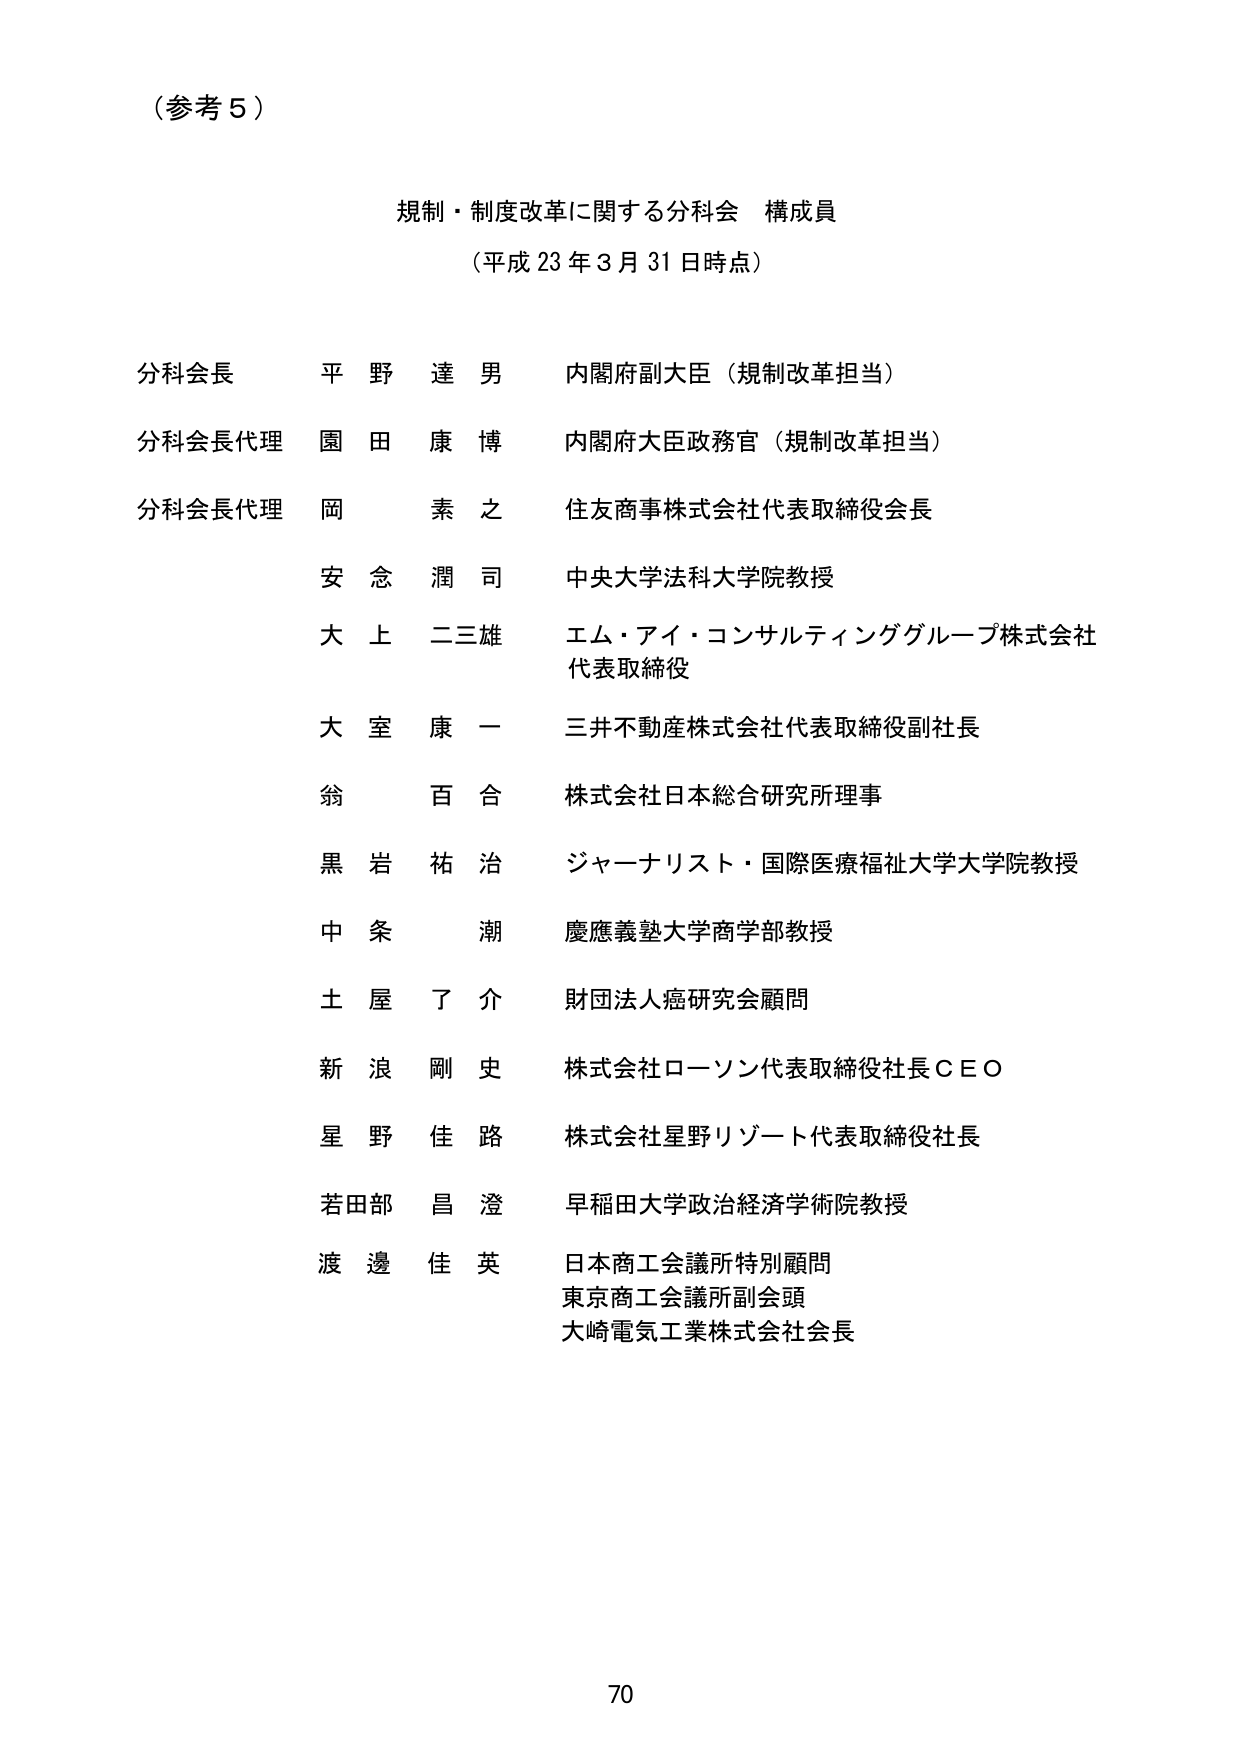
（参考５）

規制・制度改革に関する分科会 構成員
（平成23年3月31日時点）

分科会長 平野達男 内閣府副大臣（規制改革担当）
分科会長代理 園田康博 内閣府大臣政務官（規制改革担当）
分科会長代理 岡素之 住友商事株式会社代表取締役会長
安念潤司 中央大学法科大学院教授
大上二三雄 エム・アイ・コンサルティンググループ株式会社代表取締役
大室康一 三井不動産株式会社代表取締役副社長
翁百合 株式会社日本総合研究所理事
黒岩祐治 ジャーナリスト・国際医療福祉大学大学院教授
中条潮 慶應義塾大学商学部教授
土屋了介 財団法人癌研究会顧問
新浪剛史 株式会社ローソン代表取締役社長ＣＥＯ
星野佳路 株式会社星野リゾート代表取締役社長
若田部昌澄 早稲田大学政治経済学術院教授
渡邊佳英 日本商工会議所特別顧問
東京商工会議所副会頭
大崎電気工業株式会社会長

70